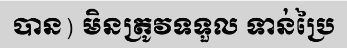
បាន) មិនត្រូវទទួល ទាន់ប្រៃ